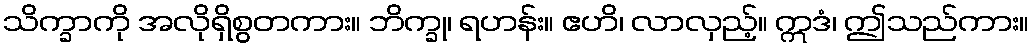
သိက္ခာကို အလိုရှိစွတကား။ ဘိက္ခု၊ ရဟန်း။ ဧဟိ၊ လာလှည့်။ ဣဒံ၊ ဤသည်ကား။